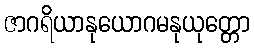
ဇာဂရိယာနုယောဂမနုယုတ္တော